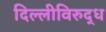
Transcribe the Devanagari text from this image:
दिल्लीविरुद्ध